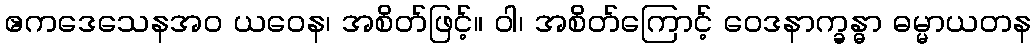
ဧကဒေသေနအဝ ယဝေန၊ အစိတ်ဖြင့်။ ဝါ၊ အစိတ်ကြောင့် ဝေဒနာက္ခန္ဓာ ဓမ္မာယတန